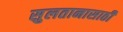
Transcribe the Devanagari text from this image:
सुलतानासाठी